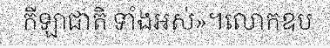
កីឡាជាតិ ទាំងអស់»។លោកឧប